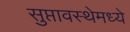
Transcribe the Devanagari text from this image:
सुप्तावस्थेमध्ये